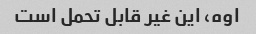
اوه، این غیر قابل تحمل است